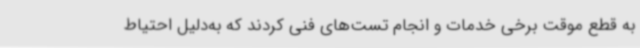
به قطع موقت برخی خدمات و انجام تست‌های فنی کردند که به‌دلیل احتیاط